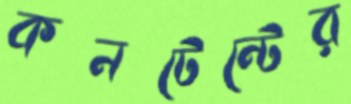
কনটেন্টের